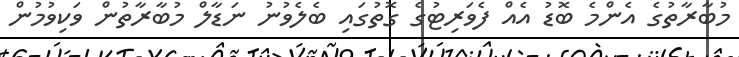
މުބާރާތުގެ އެންމެ ބޮޑު އެއް ފެވަރިޓުގެ ގޮތުގައި ބެލެވުނު ނަޑާލް މުބާރާތުން ވަކިވުމުން